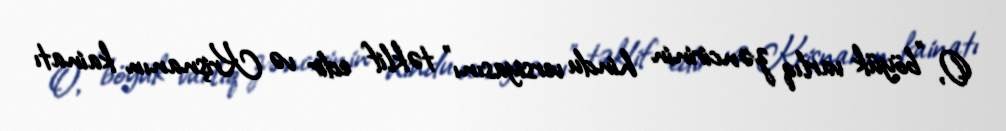
O, "böyük varlıq zəncirinin hindu versiyasını" təklif edir və Krişnanın kainatı